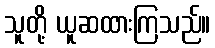
သူတို့ ယူဆထားကြသည်။